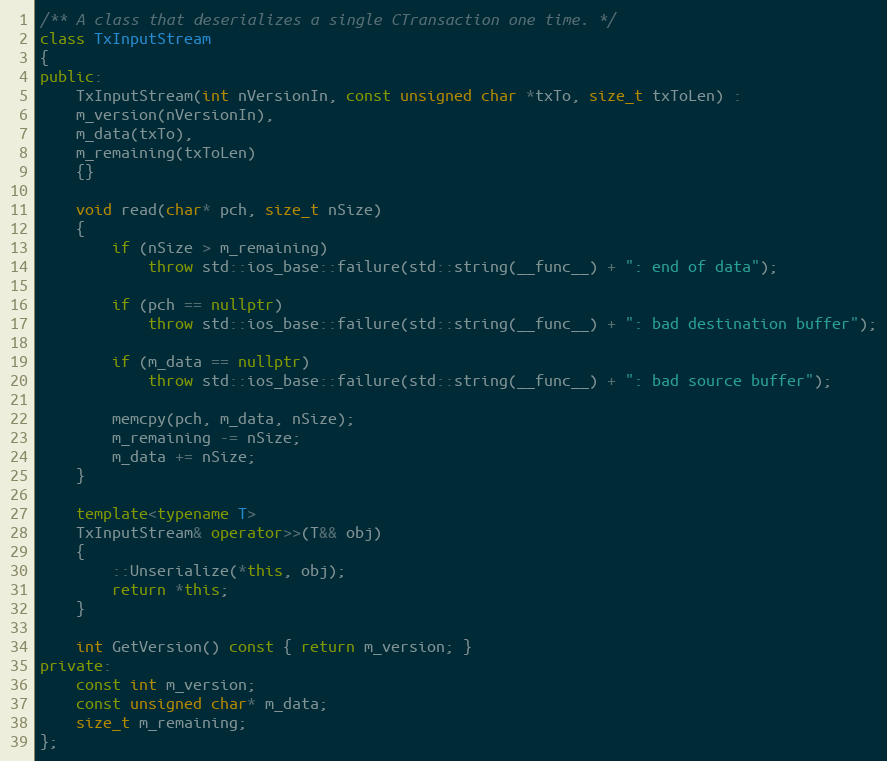
Language: C++
/** A class that deserializes a single CTransaction one time. */
class TxInputStream
{
public:
    TxInputStream(int nVersionIn, const unsigned char *txTo, size_t txToLen) :
    m_version(nVersionIn),
    m_data(txTo),
    m_remaining(txToLen)
    {}

    void read(char* pch, size_t nSize)
    {
        if (nSize > m_remaining)
            throw std::ios_base::failure(std::string(__func__) + ": end of data");

        if (pch == nullptr)
            throw std::ios_base::failure(std::string(__func__) + ": bad destination buffer");

        if (m_data == nullptr)
            throw std::ios_base::failure(std::string(__func__) + ": bad source buffer");

        memcpy(pch, m_data, nSize);
        m_remaining -= nSize;
        m_data += nSize;
    }

    template<typename T>
    TxInputStream& operator>>(T&& obj)
    {
        ::Unserialize(*this, obj);
        return *this;
    }

    int GetVersion() const { return m_version; }
private:
    const int m_version;
    const unsigned char* m_data;
    size_t m_remaining;
};